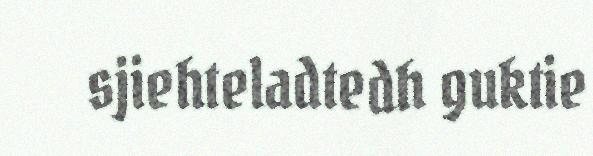
sjiehteladtedh guktie